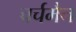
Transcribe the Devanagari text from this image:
चर्चमैन